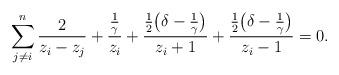
LaTeX: \begin{align*}\sum\limits_{j\neq i}^{n}\frac{2}{z_{i}-z_{j}}+\frac{\frac{1}{\gamma}}{z_{i}}+\frac{\frac{1}{2}\big(\delta-\frac{1}{\gamma}\big)}{z_{i}+1}+\frac{\frac{1}{2}\big(\delta-\frac{1}{\gamma}\big)}{z_{i}-1}=0.\end{align*}